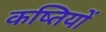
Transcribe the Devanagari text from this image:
कष्तियों